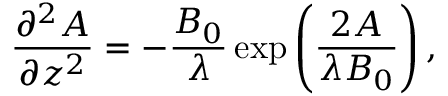
\frac { \partial ^ { 2 } A } { \partial z ^ { 2 } } = - \frac { B _ { 0 } } { \lambda } \exp \left( \frac { 2 A } { \lambda B _ { 0 } } \right) ,